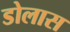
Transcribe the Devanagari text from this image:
डोलास